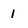
Character: 1